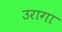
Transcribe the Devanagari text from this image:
उरागा